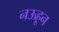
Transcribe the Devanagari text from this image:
नऊहून